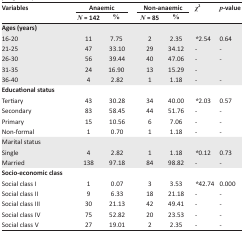
<table><thead><tr><td rowspan="3"><b>Variables</b></td><td colspan="2"><b>Anaemic</b></td><td colspan="2"><b>Non-anaemic</b></td><td rowspan="3"><b><i>χ</i><sup>2</sup></b></td><td rowspan="3"><b><i>p</i>-value</b></td></tr><tr><td><b><i>N</i> = 142</b></td><td><b>%</b></td><td><b><i>N</i> = 85</b></td><td><b>%</b></td></tr></thead><tbody><tr><td><b>Ages (years)</b></td><td></td><td></td><td></td><td></td><td></td><td></td></tr><tr><td>16-20</td><td>11</td><td>7.75</td><td>2</td><td>2.35</td><td>*2.54</td><td>0.64</td></tr><tr><td>21-25</td><td>47</td><td>33.10</td><td>29</td><td>34.12</td><td>-</td><td>-</td></tr><tr><td>26-30</td><td>56</td><td>39.44</td><td>40</td><td>47.06</td><td>-</td><td>-</td></tr><tr><td>31-35</td><td>24</td><td>16.90</td><td>13</td><td>15.29</td><td>-</td><td></td></tr><tr><td>36-40</td><td>4</td><td>2.82</td><td>1</td><td>1.18</td><td>-</td><td>-</td></tr><tr><td><b>Educational status</b></td><td></td><td></td><td></td><td></td><td></td><td></td></tr><tr><td>Tertiary</td><td>43</td><td>30.28</td><td>34</td><td>40.00</td><td>*2.03</td><td>0.57</td></tr><tr><td>Secondary</td><td>83</td><td>58.45</td><td>44</td><td>51.76</td><td>-</td><td>-</td></tr><tr><td>Primary</td><td>15</td><td>10.56</td><td>6</td><td>7.06</td><td>-</td><td>-</td></tr><tr><td>Non-formal</td><td>1</td><td>0.70</td><td>1</td><td>1.18</td><td>-</td><td>-</td></tr><tr><td>Marital status</td><td></td><td></td><td></td><td></td><td></td><td></td></tr><tr><td>Single</td><td>4</td><td>2.82</td><td>1</td><td>1.18</td><td>*0.12</td><td>0.73</td></tr><tr><td>Married</td><td>138</td><td>97.18</td><td>84</td><td>98.82</td><td>-</td><td>-</td></tr><tr><td><b>Socio-economic class</b></td><td></td><td></td><td></td><td></td><td></td><td></td></tr><tr><td>Social class I</td><td>1</td><td>0.07</td><td>3</td><td>3.53</td><td>*42.74</td><td>0.000</td></tr><tr><td>Social class II</td><td>9</td><td>6.33</td><td>18</td><td>21.18</td><td>-</td><td>-</td></tr><tr><td>Social class III</td><td>30</td><td>21.13</td><td>42</td><td>49.41</td><td>-</td><td>-</td></tr><tr><td>Social class IV</td><td>75</td><td>52.82</td><td>20</td><td>23.53</td><td>-</td><td>-</td></tr><tr><td>Social class V</td><td>27</td><td>19.01</td><td>2</td><td>2.35</td><td>-</td><td>-</td></tr></tbody></table>